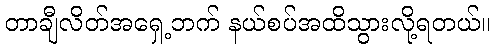
တာချီလိတ်အရှေ့ဘက် နယ်စပ်အထိသွားလို့ရတယ်။